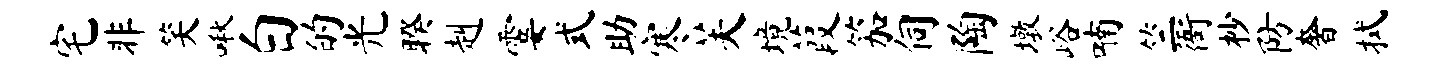
宅非笑啾白的光睽赳霎式助寒芙境葭笳伺陶墩峪喃竺衙杪防奢拭